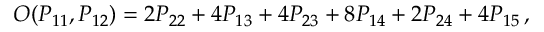
O ( P _ { 1 1 } , P _ { 1 2 } ) = 2 P _ { 2 2 } + 4 P _ { 1 3 } + 4 P _ { 2 3 } + 8 P _ { 1 4 } + 2 P _ { 2 4 } + 4 P _ { 1 5 } \, ,